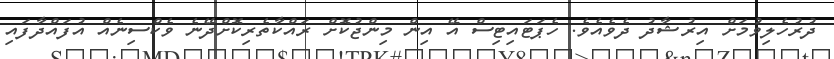
ދުރުހެލިވުމަށް އިރުޝާދު ދެވެއެވެ. ހެޕަޓައިޓިސް އޭ އިން މިންޖުކޮށް ރައްކާތެރިކޮށްދޭނެ ވެކްސިނެއް އުފައްދާފައި